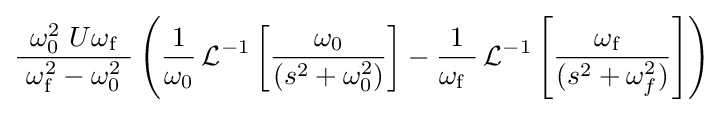
{\frac {\ \omega _{0}^{2}\ U\omega _{\mathrm {f} }\ }{\ \omega _{\mathrm {f} }^{2}-\omega _{0}^{2}\ }}\left({\frac {1}{\omega _{0}}}\operatorname {\mathcal {L}} ^{-1}\left[{\frac {\omega _{0}}{(s^{2}+\omega _{0}^{2})}}\right]-{\frac {1}{\omega _{\mathrm {f} }\ }}\operatorname {\mathcal {L}} ^{-1}\left[{\frac {\omega _{\mathrm {f} }\ }{(s^{2}+\omega _{f}^{2})}}\right]\right)